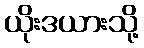
ယိုးဒယားသို့